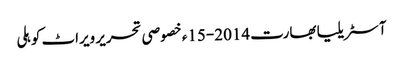
آسٹریلیا بھارت 2014-15ء خصوصی تحریر ویراٹ کوہلی